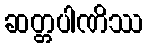
ဆတ္တပါဏိဿ